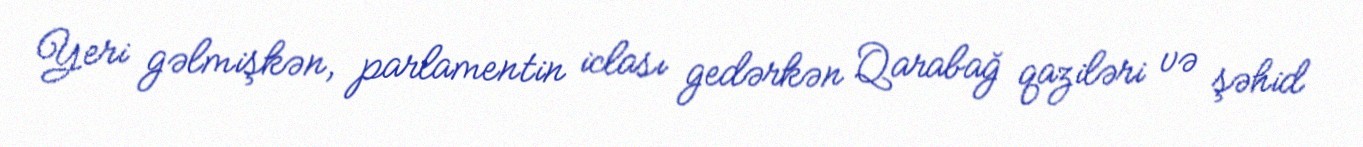
Yeri gəlmişkən, parlamentin iclası gedərkən Qarabağ qaziləri və şəhid